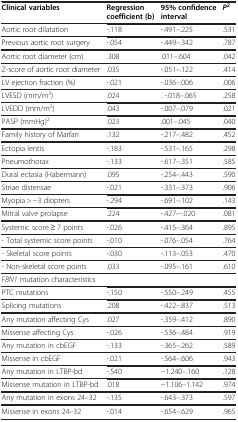
<table><thead><tr><td><b>Clinical variables</b></td><td><b>Regression coefficient (b)</b></td><td><b>95% confidence interval</b></td><td><b><i>P</i><sup>2</sup></b></td></tr></thead><tbody><tr><td>Aortic root dilatation</td><td>-.118</td><td>-.491–.225</td><td>.531</td></tr><tr><td>Previous aortic root surgery</td><td>-.054</td><td>-.449–.342</td><td>.787</td></tr><tr><td>Aortic root diameter (cm)</td><td>.308</td><td>.011–.604</td><td>.042</td></tr><tr><td>Z-score of aortic root diameter</td><td>.035</td><td>-.051–.122</td><td>.414</td></tr><tr><td>LV ejection fraction (%)</td><td>-.021</td><td>-.036–.006</td><td>.006</td></tr><tr><td>LVESD (mm/m<sup>2</sup>)</td><td>.024</td><td>. -.018–.065</td><td>.258</td></tr><tr><td>LVEDD (mm/m<sup>2</sup>)</td><td>.043</td><td>-.007–.079</td><td>.021</td></tr><tr><td>PASP (mmHg)<sup>2</sup></td><td>.023</td><td>.001–.045</td><td>.040</td></tr><tr><td>Family history of Marfan</td><td>.132</td><td>-.217–.482</td><td>.452</td></tr><tr><td>Ectopia lentis</td><td>-.183</td><td>-.531–.165</td><td>.298</td></tr><tr><td>Pneumothorax</td><td>-.133</td><td>-.617–.351</td><td>.585</td></tr><tr><td>Dural ectasia (Habermann)</td><td>.095</td><td>-.254–.443</td><td>.590</td></tr><tr><td>Striae distensae</td><td>-.021</td><td>-.331–.373</td><td>.906</td></tr><tr><td>Myopia &gt; −3 diopters</td><td>-.294</td><td>-.691–.102</td><td>.143</td></tr><tr><td>Mitral valve prolapse</td><td>.224</td><td>-.427–-.020</td><td>.081</td></tr><tr><td>Systemic score ≥ 7 points</td><td>-.026</td><td>-.415–.364</td><td>.895</td></tr><tr><td>- Total systemic score points</td><td>-.010</td><td>-.076–.054</td><td>.764</td></tr><tr><td>- Skeletal score points</td><td>-.030</td><td>-.113–.053</td><td>.470</td></tr><tr><td>- Non-skeletal score points</td><td>.033</td><td>-.095–.161</td><td>.610</td></tr><tr><td><i>FBN1</i> mutation characteristics</td><td></td><td></td><td></td></tr><tr><td>PTC mutations</td><td>-.150</td><td>-.550–.249</td><td>.455</td></tr><tr><td>Splicing mutations</td><td>.208</td><td>-.422–.837</td><td>.513</td></tr><tr><td>Any mutation affecting Cys</td><td>.027</td><td>-.359–.412</td><td>.890</td></tr><tr><td>Missense affecting Cys</td><td>-.026</td><td>-.536–.484</td><td>.919</td></tr><tr><td>Any mutation in cbEGF</td><td>-.133</td><td>-.365–.262</td><td>.589</td></tr><tr><td>Missense in cbEGF</td><td>-.021</td><td>-.564–.606</td><td>.943</td></tr><tr><td>Any mutation in LTBP-bd</td><td>-.540</td><td>−1.240–.160</td><td>.128</td></tr><tr><td>Missense mutation in LTBP-bd</td><td>.018</td><td>−1.106–1.142</td><td>.974</td></tr><tr><td>Any mutation in exons 24–32</td><td>-.135</td><td>-.643–.373</td><td>.597</td></tr><tr><td>Missense in exons 24–32</td><td>-.014</td><td>-.654–.629</td><td>.965</td></tr></tbody></table>